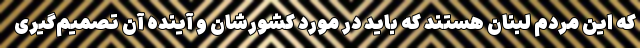
که این مردم لبنان هستند که باید در مورد کشورشان و آینده آن تصمیم‌گیری